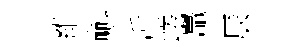
維㪺沂嵯鼉辰